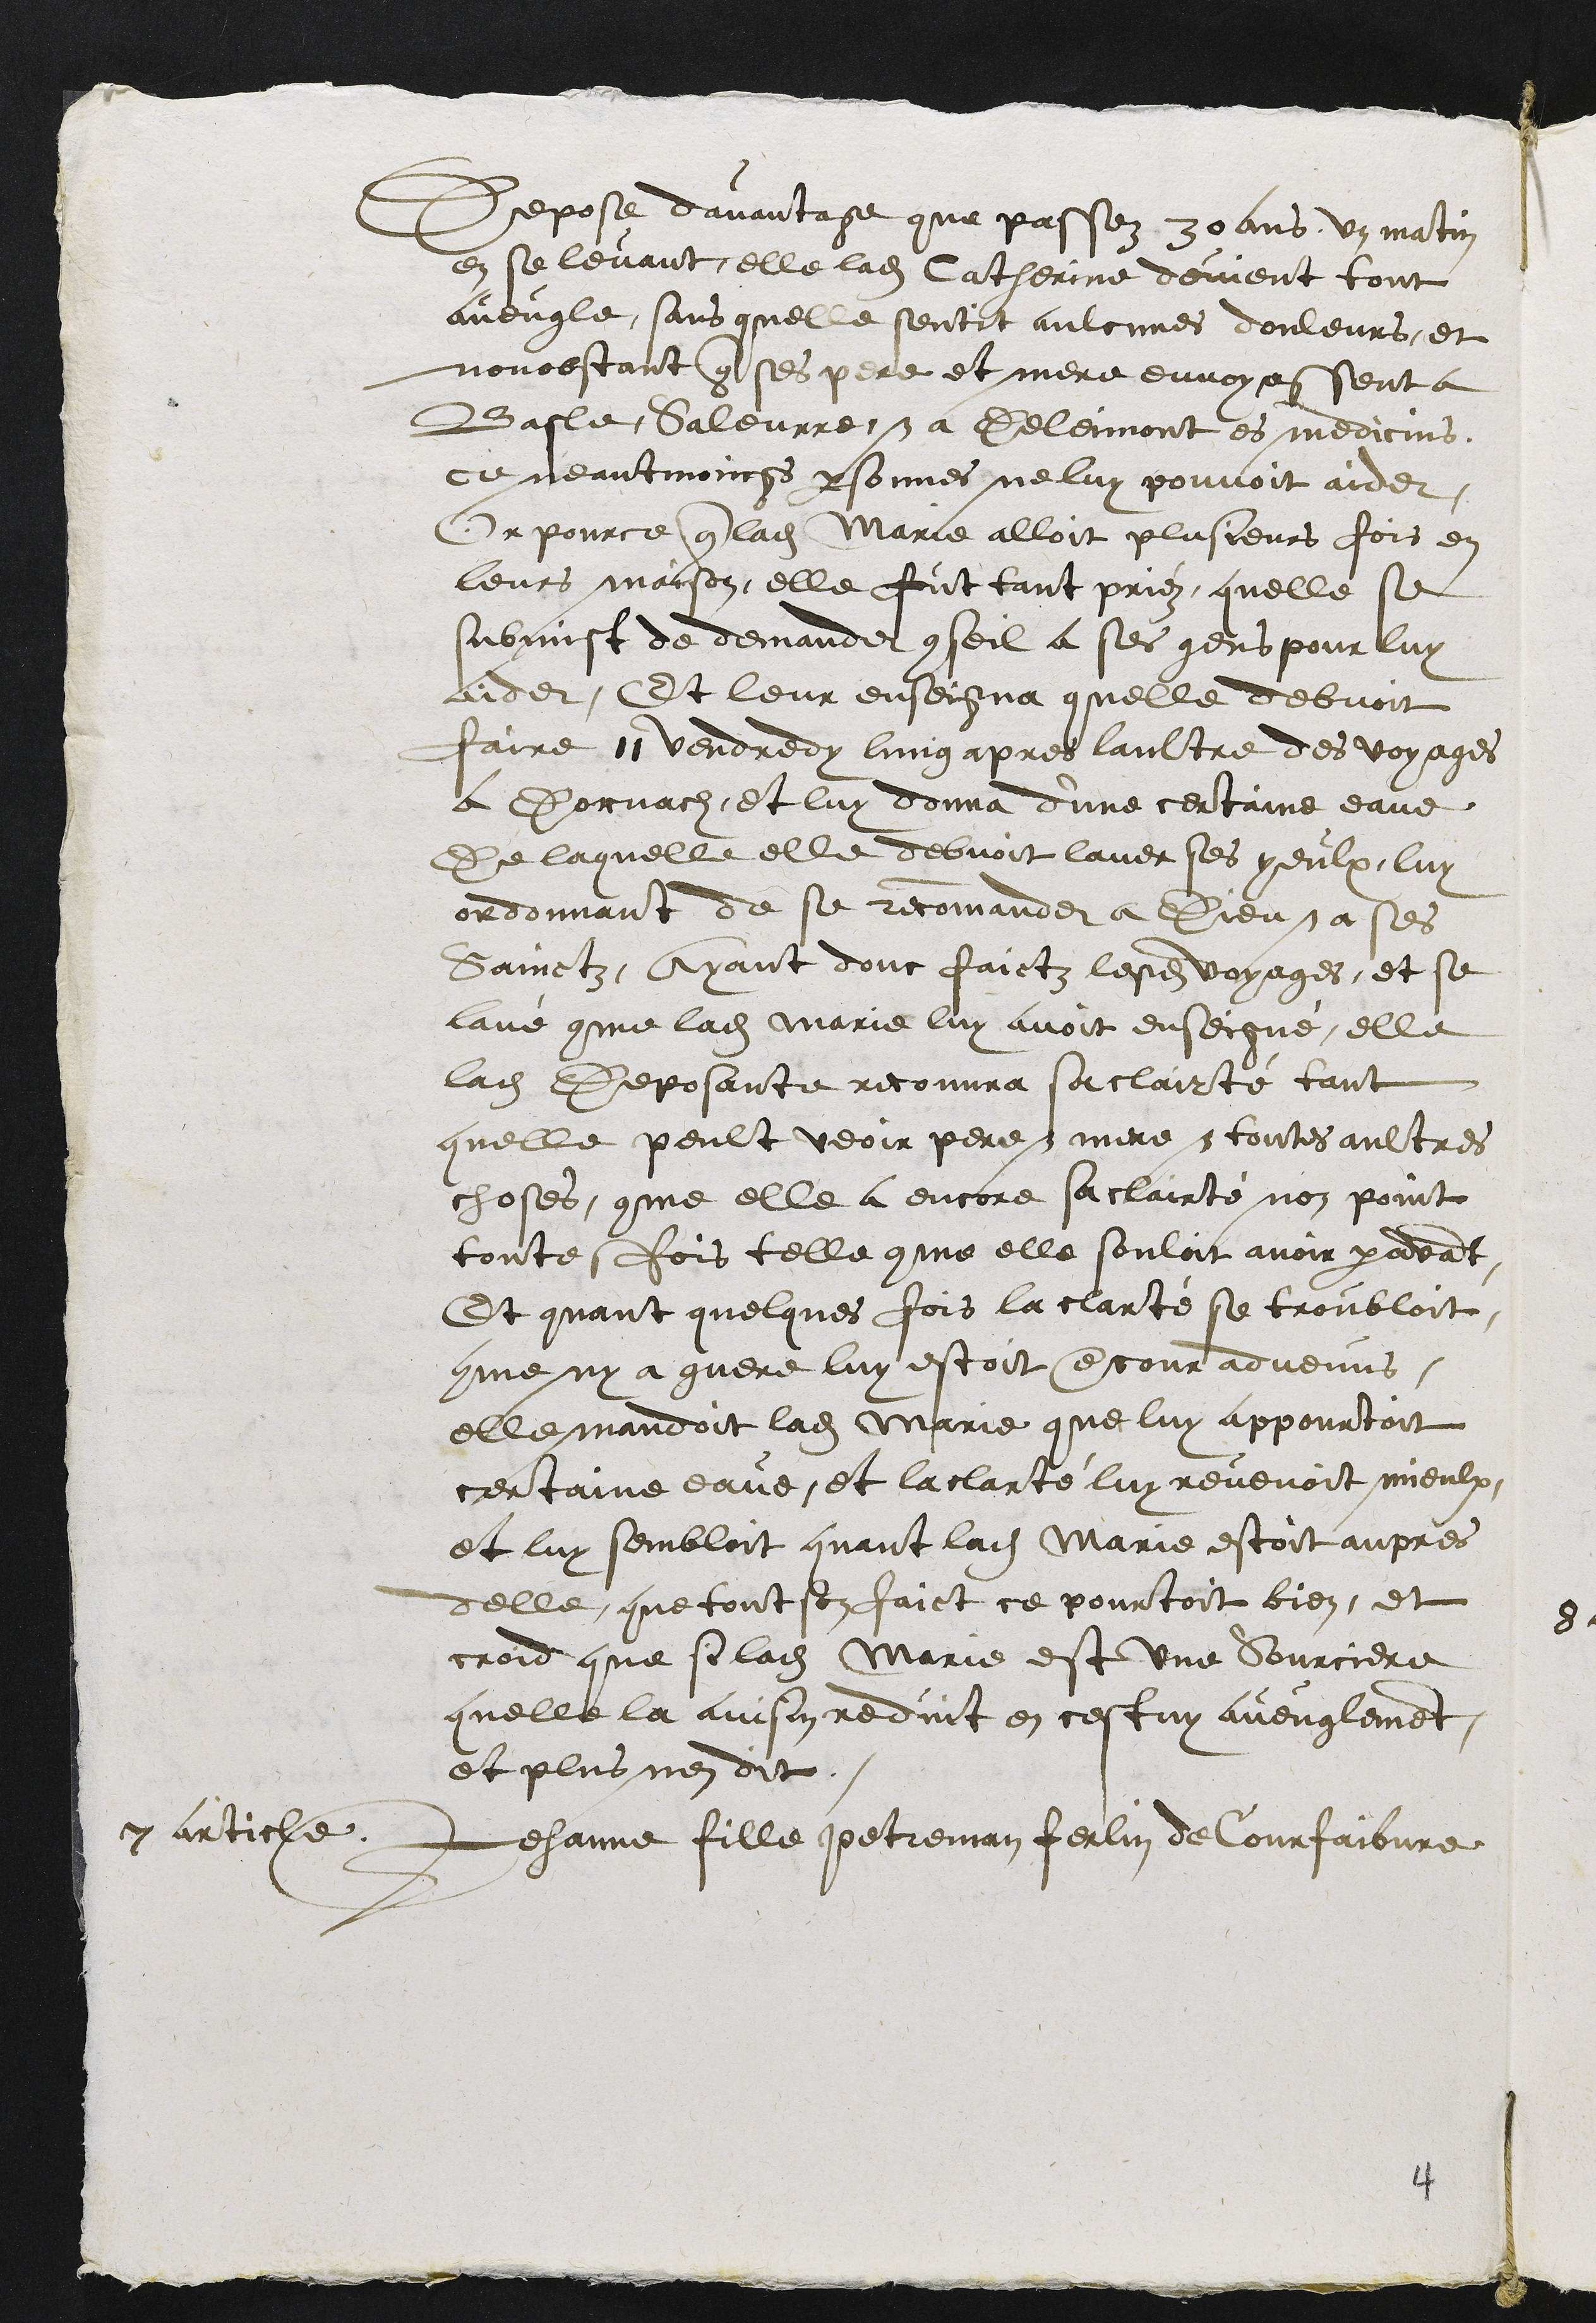
Depose davantage que passez 30 ans un matin
en se levant elle ladite Catherine devient tout
aveugle, sans quelle sentit aulcunes douleurs, et
nonobstant que ses pere et mere envoyassent a
Basle, Saleurre, et a Deleimont es medicins,
ce neantmoings personnes ne luy pouvoit aider
Or pource que ladite Marie alloit plusieurs fois en
leurs maison, elle fut tant priéz, quelle se
submist de demander conseil a ses gens pour luy
aider Et leur enseigna quelle debvoit
faire 11 vendredy lung apres laultre des voyages
a Dornach, et luy donna d'une certaine eaue
De laquelle elle debvoit laver ses yeulx, luy
ordonnant de se recommander a Dieu et a ses
Sainctz, Ayant donc faictz lesdits voyages, et se
lavé comme ladite Marie luy avoit enseigné, elle
ladite Deposante recouvra sa clairté tant
quelle peult veoir pere et mere et toutes aultres
choses, comme elle a encore sa clairté non point
toutesfois telle comme elle souloit avoir paravant
Et quant quelques fois la clarté se troubloit
comme ny a guere luy estoit encour advenus
elle mandoit ladite Marie que luy appourtoit
certaine eaue et la clarté luy revenoit mieulx
et luy sembloit quant ladite Marie estoit aupres
delle que tout son faict ce pourtoit bien, et
croid que si ladite Marie est une sourciere
quelle la ainsin reduit en cestuy aveuglement,
et plus nen dit.
7 article.
Jehanne fille petreman ferlin de Courfaibvre,

4